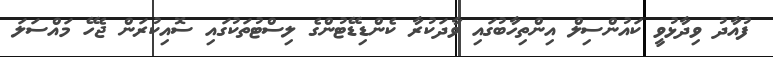
ފުއާދު ވިދާޅުވީ ކައުންސިލް އިންތިހާބުގައި ވާދަކުރާ ކެންޑިޑޭޓުންގެ ލިސްޓުތަކުގައި ސޮއިކުރަން ޖެހޭ މައްސަލަ